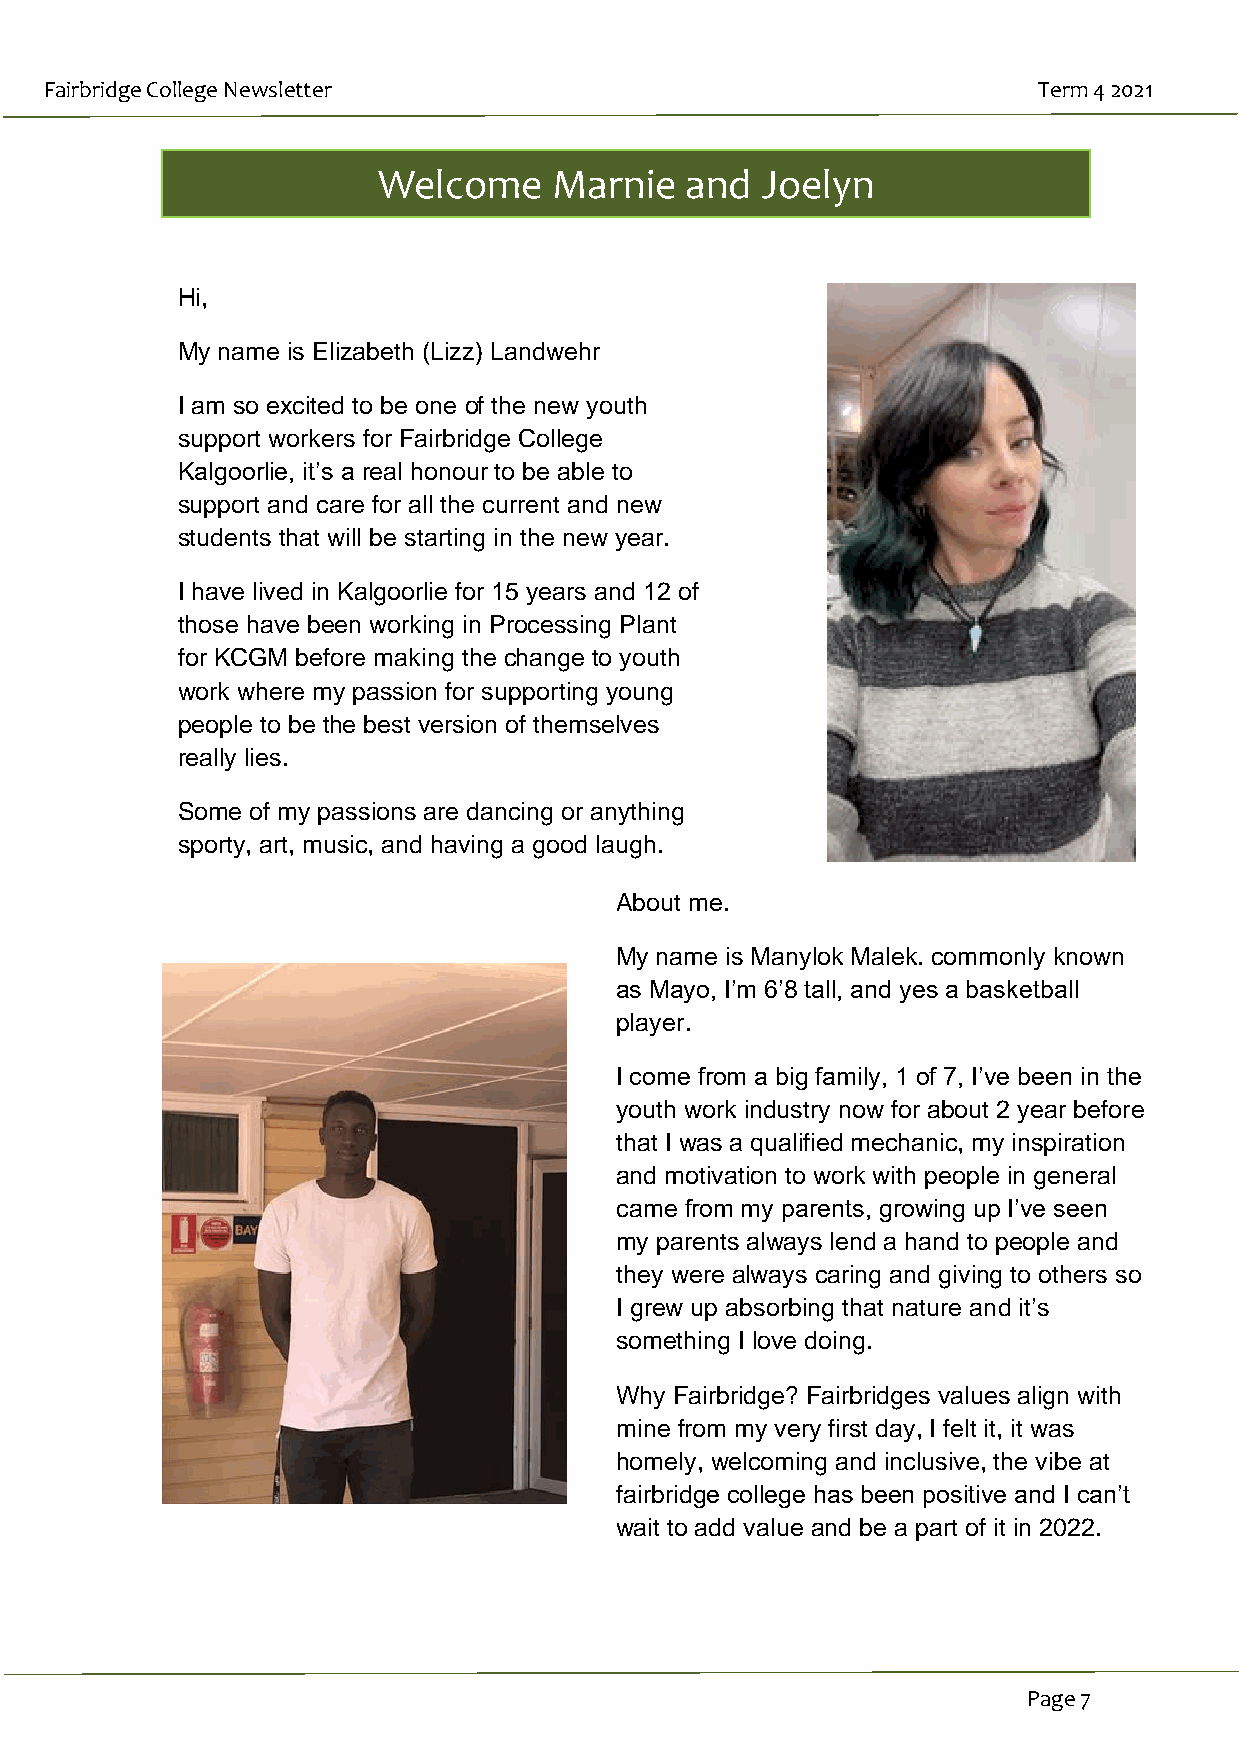
Fairbridge College Newsletter                                     Term 4 2021
 Welcome     Marnie  and  Joelyn
 Hi,
 My name is Elizabeth (Lizz) Landwehr
 I am so excited to be one of the new youth
 support workers for Fairbridge College
 Kalgoorlie, it’s a real honour to be able to
 support and care for all the current and new
 students that will be starting in the new year.
 I have lived in Kalgoorlie for 15 years and 12 of
 those have been working in Processing Plant
 for KCGM before making the change to youth
 work where my passion for supporting young
 people to be the best version of themselves
 really lies.
 Some of my passions are dancing or anything
 sporty, art, music, and having a good laugh.
 About me.
 My name is Manylok Malek. commonly known
 as Mayo, I’m 6’8 tall, and yes a basketball
 player.
 I come from a big family, 1 of 7, I’ve been in the
 youth work industry now for about 2 year before
 that I was a qualified mechanic, my inspiration
 and motivation to work with people in general
 came from my parents, growing up I’ve seen
 my parents always lend a hand to people and
 they were always caring and giving to others so
 I grew up absorbing that nature and it’s
 something I love doing.
 Why Fairbridge? Fairbridges values align with
 mine from my very first day, I felt it, it was
 homely, welcoming and inclusive, the vibe at
 fairbridge college has been positive and I can’t
 wait to add value and be a part of it in 2022.
 Page 7